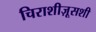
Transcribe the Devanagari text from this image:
चिराशीज़ूसशी